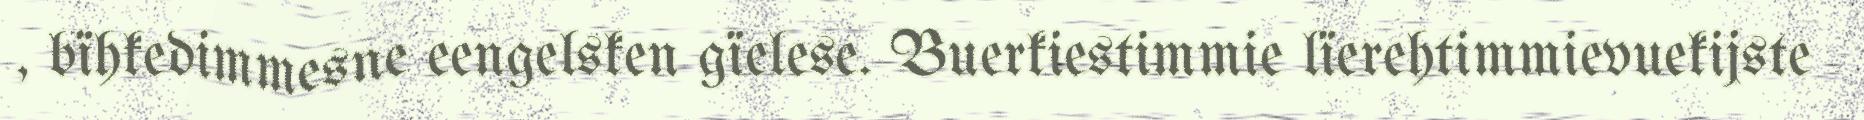
, bïhkedimmesne eengelsken gïelese. Buerkiestimmie lïerehtimmievuekijste